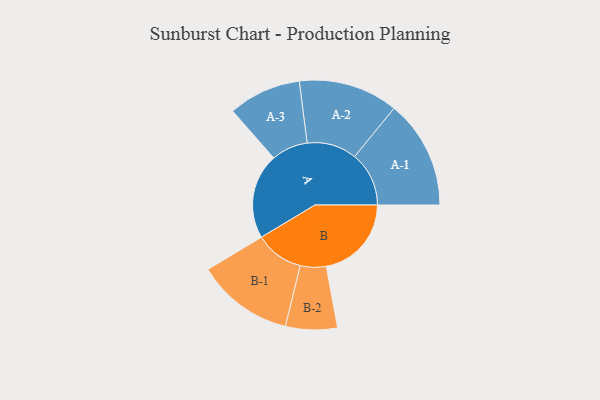
{"axis": {"x": "Segment", "y": "Value"}, "legend": ["", "A", "B"], "data": [{"x": "A", "y": 396, "type": ""}, {"x": "B", "y": 395, "type": ""}, {"x": "A-1", "y": 252, "type": "A"}, {"x": "A-2", "y": 231, "type": "A"}, {"x": "A-3", "y": 169, "type": "A"}, {"x": "B-1", "y": 225, "type": "B"}, {"x": "B-2", "y": 120, "type": "B"}]}